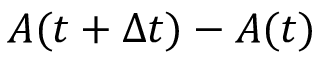
A ( t + \Delta t ) - A ( t )